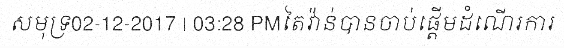
សមុទ្រ02-12-2017 | 03:28 PMតៃវ៉ាន់បានចាប់ផ្តើមដំណើរការ